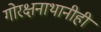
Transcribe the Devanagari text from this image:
गोरक्षनाथानीही